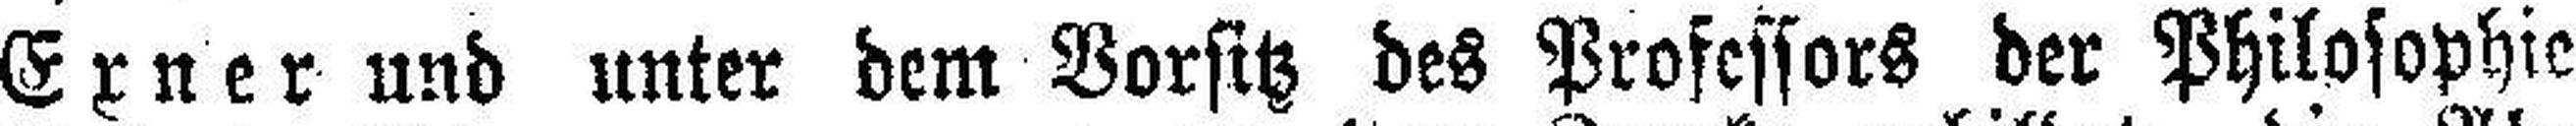
Exner und unter dem Vorsitz des Professors der Philosophie